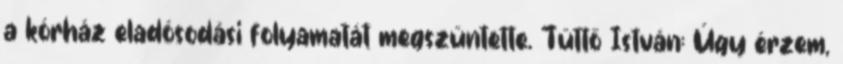
a kórház eladósodási folyamatát megszüntette. Tüttő István: Úgy érzem,